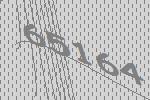
65164